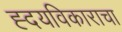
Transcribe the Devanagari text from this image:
ह्दयविकाराचा